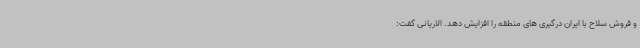
و فروش سلاح با ایران درگیری های منطقه را افزایش دهد. الاریانی گفت: